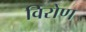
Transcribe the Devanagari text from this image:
विरोण